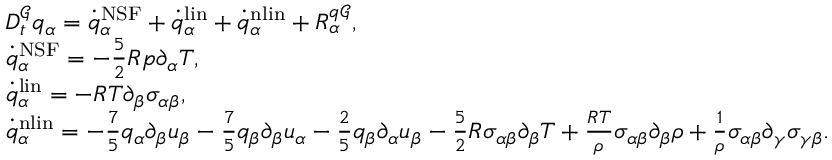
\begin{array} { r l } & { D _ { t } ^ { \mathcal { G } } q _ { \alpha } = \dot { q } _ { \alpha } ^ { \mathrm { N S F } } + \dot { q } _ { \alpha } ^ { \mathrm { l i n } } + \dot { q } _ { \alpha } ^ { \mathrm { n l i n } } + R _ { \alpha } ^ { q \mathcal { G } } , } \\ & { \dot { q } _ { \alpha } ^ { \mathrm { N S F } } = - \frac { 5 } { 2 } R p \partial _ { \alpha } T , } \\ & { \dot { q } _ { \alpha } ^ { \mathrm { l i n } } = - R T \partial _ { \beta } \sigma _ { \alpha \beta } , } \\ & { \dot { q } _ { \alpha } ^ { \mathrm { n l i n } } = - \frac { 7 } { 5 } q _ { \alpha } \partial _ { \beta } u _ { \beta } - \frac { 7 } { 5 } q _ { \beta } \partial _ { \beta } u _ { \alpha } - \frac { 2 } { 5 } q _ { \beta } \partial _ { \alpha } u _ { \beta } - \frac { 5 } { 2 } R \sigma _ { \alpha \beta } \partial _ { \beta } T + \frac { R T } { \rho } \sigma _ { \alpha \beta } \partial _ { \beta } \rho + \frac { 1 } { \rho } \sigma _ { \alpha \beta } \partial _ { \gamma } \sigma _ { \gamma \beta } . } \end{array}